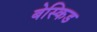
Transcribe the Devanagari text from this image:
बेस्किड